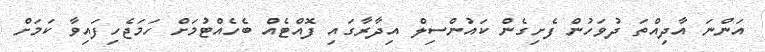
އަންނަ އާދިއްތަ ދުވަހުން ފެށިގެން ކައުންސިލް އިދާރާގައި ފޮއްޓެއް ބެހެއްޓުމަށް ހަމަޖެހިފައިވާ ކަމަށް